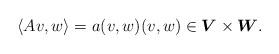
LaTeX: \begin{align*}\langle A v , w\rangle = a(v,w) (v,w)\in \boldsymbol{V}\times \boldsymbol{W}.\end{align*}